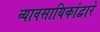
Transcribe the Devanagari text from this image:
व्यावसायिकांद्वारे